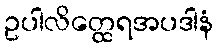
ဥပါလိတ္ထေရအပဒါနံ